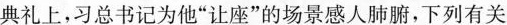
典礼上，习总书记为他”让座”的场景感人肺腑，下列有关